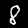
Digit: 8